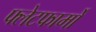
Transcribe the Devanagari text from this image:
फ्लेटफार्मों